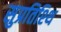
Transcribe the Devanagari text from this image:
सुप्रतिश्थि